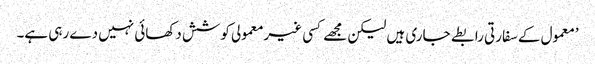
’معمول کے سفارتی رابطے جاری ہیں لیکن مجھے کسی غیرمعمولی کوشش دکھائی نہیں دے رہی ہے۔